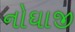
નોઘાજી